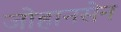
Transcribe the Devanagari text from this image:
जोहानसेन